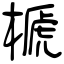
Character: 榹